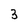
Character: 3